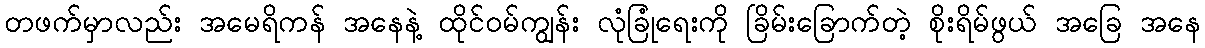
တဖက်မှာလည်း အမေရိကန် အနေနဲ့ ထိုင်ဝမ်ကျွန်း လုံခြုံရေးကို ခြိမ်းခြောက်တဲ့ စိုးရိမ်ဖွယ် အခြေ အနေ